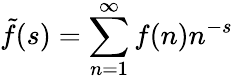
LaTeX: {\tilde{f}}(s)=\sum_{n=1}^{\infty}f(n)n^{-s}